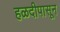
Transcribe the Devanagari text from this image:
हळदीपासून